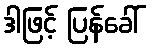
ဒါဖြင့် ပြန်ခေါ်